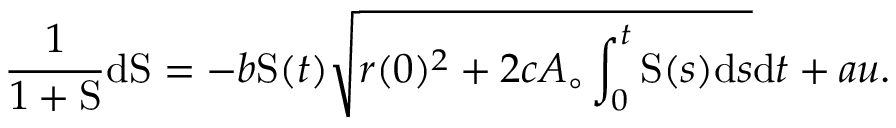
\frac { 1 } { 1 + \mathrm { S } } \mathrm { d } \mathrm { S } = - b \mathrm { S } ( t ) \sqrt { r ( 0 ) ^ { 2 } + 2 c A _ { \circ } \int _ { 0 } ^ { t } \mathrm { S } ( s ) \mathrm { d } s } \mathrm { d } t + a u .